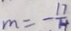
m = - \frac { 1 7 } { 4 }